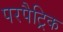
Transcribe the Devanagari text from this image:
परपैट्रिक